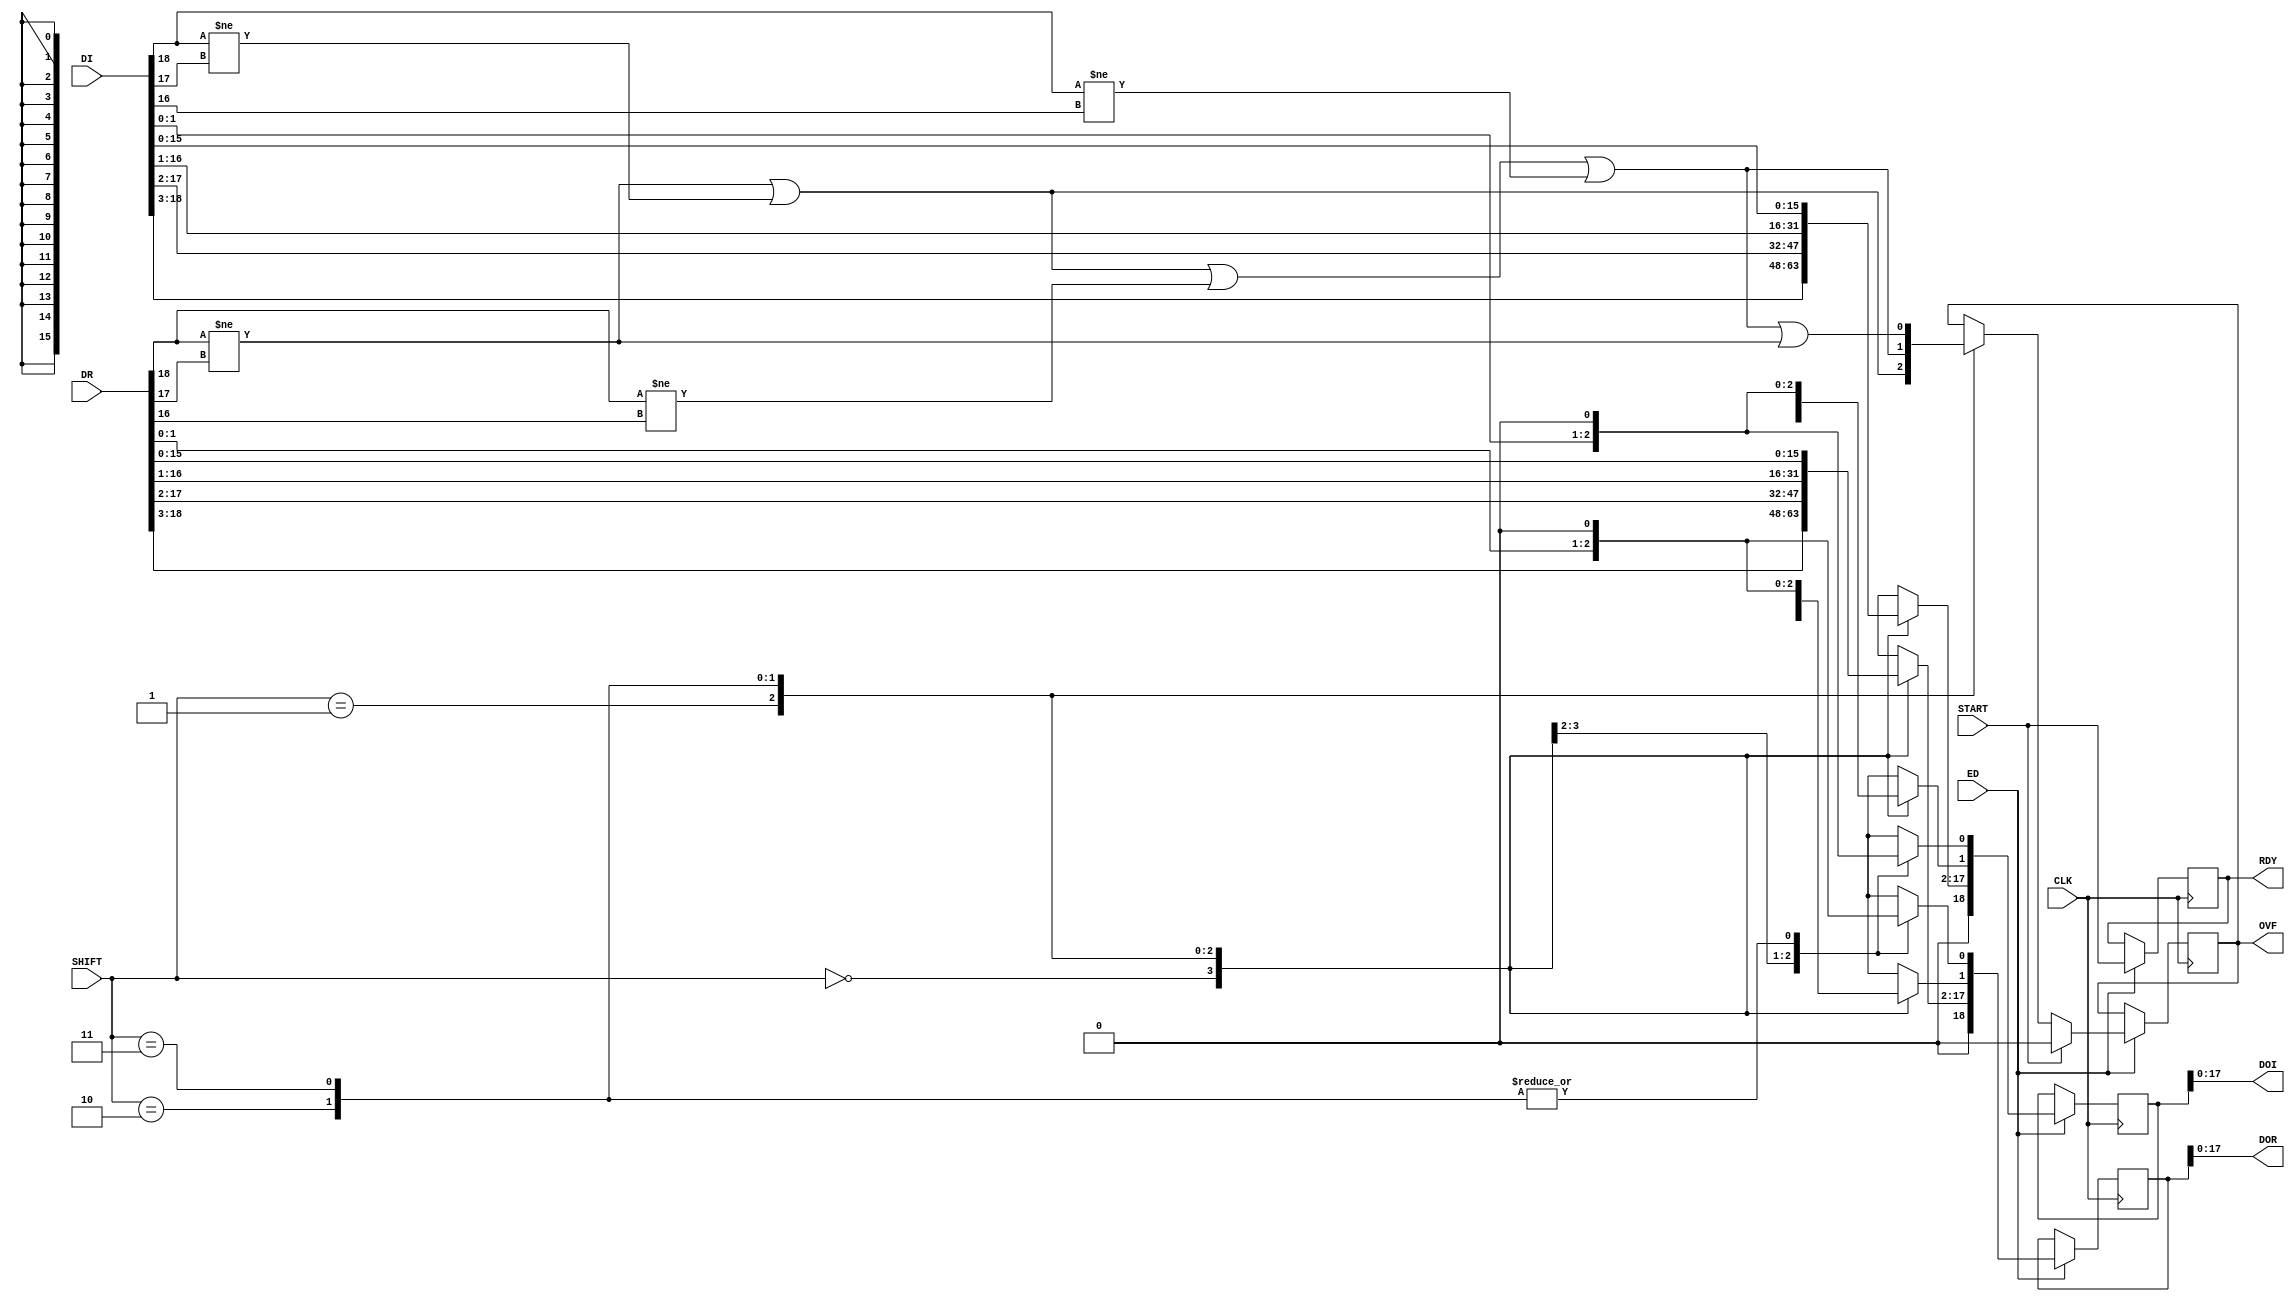
module CNORM_1 (CLK,
ED,
START,
DR,
DI,
SHIFT,
OVF,
RDY,
DOR,
DOI);
	parameter nb=16;
	output OVF ;
	reg OVF;
	output RDY ;
	reg RDY;
	output [nb+1:0] DOR ;
	wire [nb+1:0] DOR;
	output [nb+1:0] DOI ;
	wire [nb+1:0] DOI;
	input CLK ;
	wire CLK;
	input ED ;
	wire ED;
	input START ;
	wire START;
	input [nb+2:0] DR ;
	wire [nb+2:0] DR;
	input [nb+2:0] DI ;
	wire [nb+2:0] DI;
	input [1:0] SHIFT ;
	wire [1:0] SHIFT;
	reg [nb+2:0] diri,diii;
	always @ (DR or SHIFT) begin
		case (SHIFT)
			2'h0: begin
				diri = DR;
			end
			2'h1: begin
				diri[(nb+2):1] = DR[(nb+2)-1:0];
				diri[0:0] = 1'b0;
			end
			2'h2: begin
				diri[(nb+2):2] = DR[(nb+2)-2:0];
				diri[1:0] = 2'b00;
			end
			2'h3: begin
				diri[(nb+2):3] = DR[(nb+2)-3:0];
				diri[2:0] = 3'b000;
			end
		endcase
	end
	always @ (DI or SHIFT) begin
		case (SHIFT)
			2'h0: begin
				diii = DI;
			end
			2'h1: begin
				diii[(nb+2):1] = DI[(nb+2)-1:0];
				diii[0:0] = 1'b0;
			end
			2'h2: begin
				diii[(nb+2):2] = DI[(nb+2)-2:0];
				diii[1:0] = 2'b00;
			end
			2'h3: begin
				diii[(nb+2):3] = DI[(nb+2)-3:0];
				diii[2:0] = 3'b000;
			end
		endcase
	end
reg [nb+2:0]	dir,dii;
    always @( posedge CLK )    begin
			if (ED)	  begin
					dir<=diri[nb+2:1];
     				dii<=diii[nb+2:1];
		end
	end
 always @( posedge CLK ) 	begin
		  	if (ED)	  begin
				RDY<=START;
				if (START)
					OVF<=0;
				else
					case (SHIFT)
					2'b01 : OVF<= (DR[nb+2] != DR[nb+1]) || (DI[nb+2] != DI[nb+1]);
					2'b10 : OVF<= (DR[nb+2] != DR[nb+1]) || (DI[nb+2] != DI[nb+1]) ||
						(DR[nb+2] != DR[nb]) || (DI[nb+2] != DI[nb]);
					2'b11 : OVF<= (DR[nb+2] != DR[nb+1]) || (DI[nb+2] != DI[nb+1])||
						(DR[nb+2] != DR[nb]) || (DI[nb+2] != DI[nb]) ||
						(DR[nb+2] != DR[nb+1]) || (DI[nb-1] != DI[nb-1]);
					endcase
				end
			end
	assign DOR= dir;
	assign DOI= dii;
endmodule